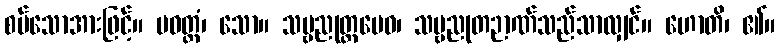
စပ်သောအားဖြင့်။ ပဝတ္တံ၊ သော။ သဗ္ဗညုတ္တမေဝ၊ သဗ္ဗညုတဉာဏ်သည်သာလျှင်။ ဟောတိ၊ ၏။